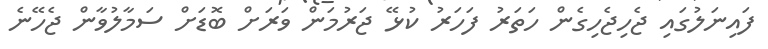
ފައިނަލުގައި ޖެހިޖެހިގެން ހަތަރު ފަހަރު ކުޅޭ ޖަރުމަން ވަރަށް ބޮޑަށް ސަމާލުވާން ޖެހޭނެ